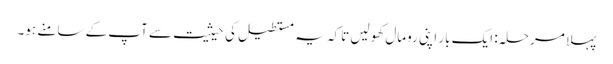
پہلا مرحلہ: ایک بار اپنی رومال کھولیں تاکہ یہ مستطیل کی حیثیت سے آپ کے سامنے ہو۔